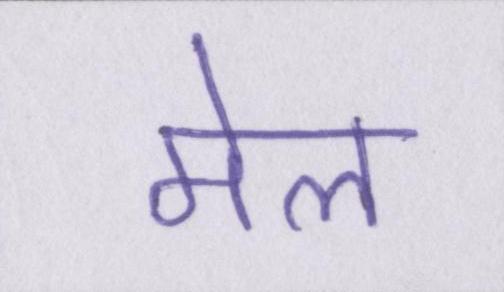
मेल